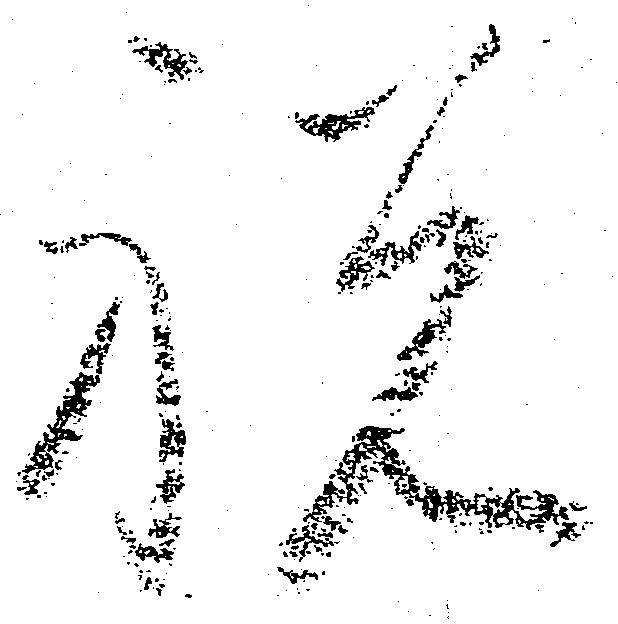
祝